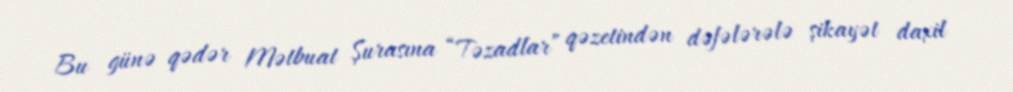
Bu günə qədər Mətbuat Şurasına “Təzadlar” qəzetindən dəfələrələ şikayət daxil